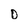
Character: 0